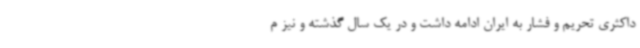
داکثری تحریم و فشار به ایران ادامه داشت و در یک سال گذشته و نیز م